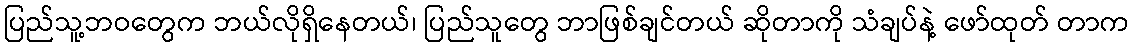
ပြည်သူ့ဘဝတွေက ဘယ်လိုရှိနေတယ်၊ ပြည်သူတွေ ဘာဖြစ်ချင်တယ် ဆိုတာကို သံချပ်နဲ့ ဖော်ထုတ် တာက